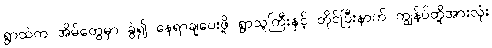
ရွာထဲက အိမ်တွေမှာ ခွဲ၍ နေရာချပေးဖို့ ရွာသူကြီးနှင့် တိုင်ပြီးနာက် ကျွန်ပ်တို့အားလုံး